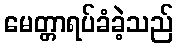
မေတ္တာရပ်ခံခဲ့သည်